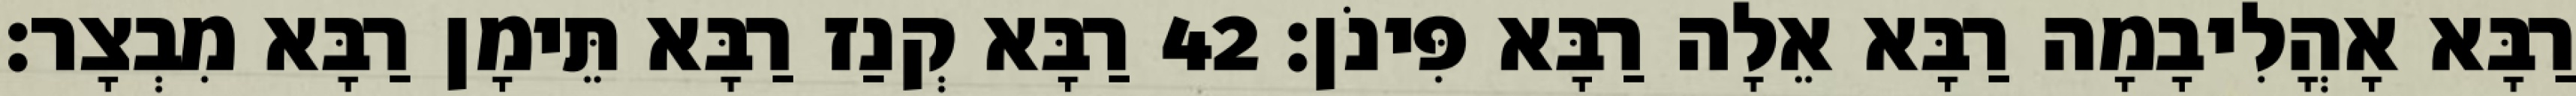
רַבָּא אָהֳלִיבָמָה רַבָּא אֵלָה רַבָּא פִּינֹן׃ 42 רַבָּא קְנַז רַבָּא תֵּימָן רַבָּא מִבְצָר׃